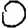
Digit: 0